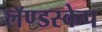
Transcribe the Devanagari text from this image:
लॅण्डस्केप